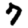
Digit: 7